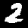
Label: 2